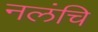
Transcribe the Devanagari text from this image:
नलंचि